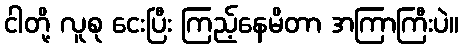
ငါတို့ လူစု ငေးပြီး ကြည့်နေမိတာ အကြာကြီးပဲ။